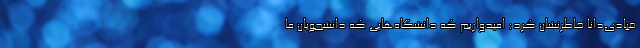
قبادی‌دانا خاطرنشان کرد: امیدواریم که دانشگاه‌هایی که دانشجویان ما